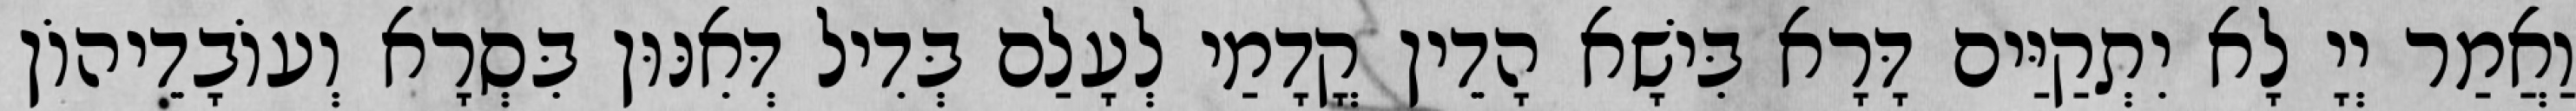
וַאֲמַר יְיָ לָא יִתְקַיַּים דָּרָא בִּישָׁא הָדֵין קֳדָמַי לְעָלַם בְּדִיל דְּאִנּוּן בִּסְרָא וְעוֹבָדֵיהוֹן